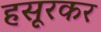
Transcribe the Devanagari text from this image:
हसूरकर